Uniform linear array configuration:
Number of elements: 8
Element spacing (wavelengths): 0.75
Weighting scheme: cosine
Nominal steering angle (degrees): -15
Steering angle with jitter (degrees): -15.971
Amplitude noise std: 0.05
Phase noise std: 0.05

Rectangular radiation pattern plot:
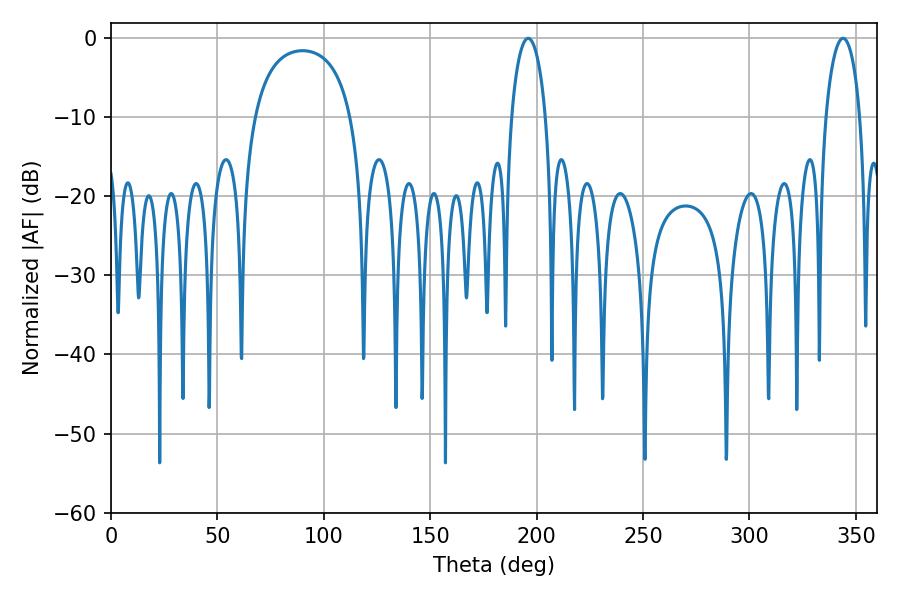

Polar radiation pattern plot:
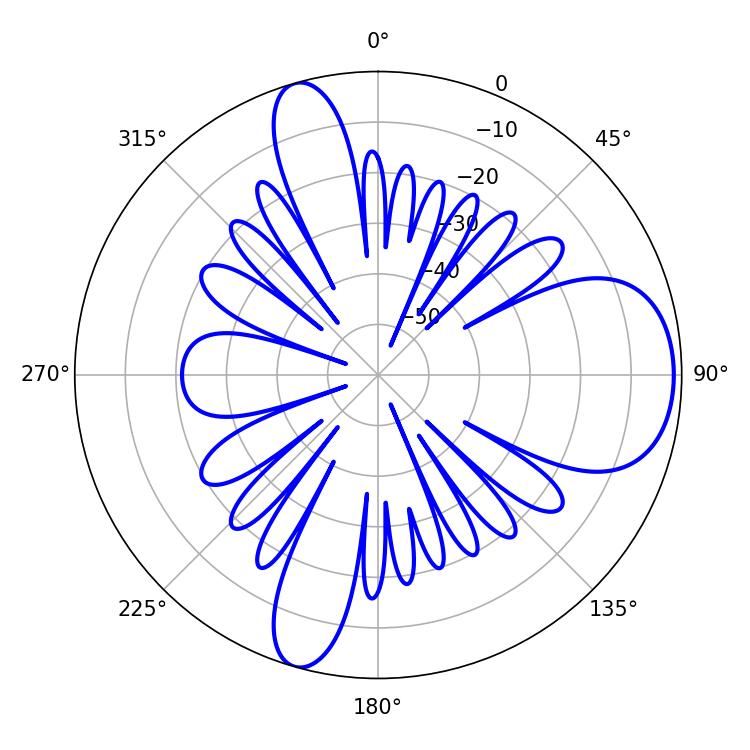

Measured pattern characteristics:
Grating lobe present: TRUE
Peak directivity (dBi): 8.621
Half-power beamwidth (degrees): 9.18
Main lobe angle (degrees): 343.98